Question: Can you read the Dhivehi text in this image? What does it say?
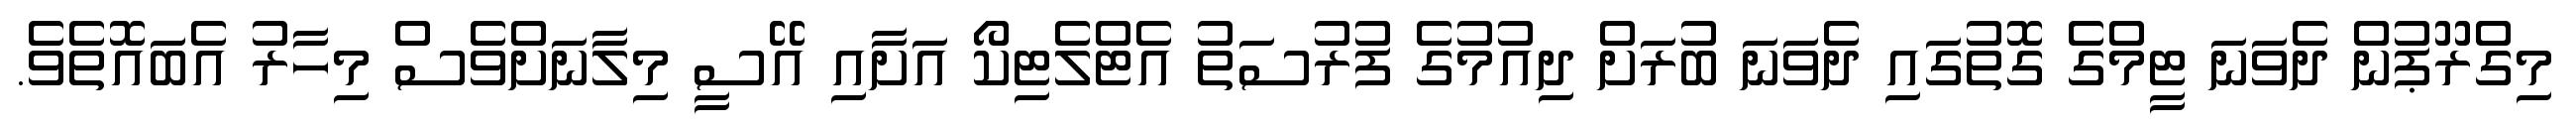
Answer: މިގްރޫޕުން ދެވަނަ ޓީމްގެ ގޮތުގައި ދެވަނަ ބުރަށް ދިއުމުގެ ފުރުސަތު އެޓްލެޓިކޯ އަށާއި އޭސީ މިލާނަށްވެސް މިހާރު އެބައޮތެވެ.